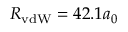
R _ { \mathrm { v d W } } = 4 2 . 1 a _ { 0 }